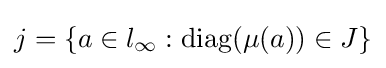
j=\{a\in l_{\infty }:{\rm {diag}}(\mu (a))\in J\}